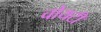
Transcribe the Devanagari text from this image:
चोयटी